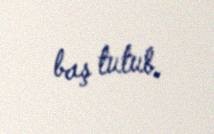
baş tutub.